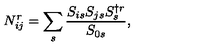
N _ { i j } ^ { r } = \sum _ { s } { \frac { S _ { i s } S _ { j s } S _ { s } ^ { \dagger r } } { S _ { 0 s } } } ,